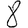
Digit: 8